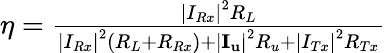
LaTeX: \begin{array}{r}{\eta=\frac{{{{\left|{{I_{Rx}}}\right|}^{2}}{R_{L}}}}{{{{\left|{{I_{Rx}}}\right|}^{2}}({R_{L}}+{R_{Rx}})+{{\left|{{{\mathbf{I}}_{\mathbf{u}}}}\right|}^{2}}{R_{u}}+{{\left|{{I_{Tx}}}\right|}^{2}}{R_{Tx}}}}}\end{array}